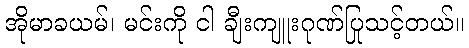
အိုမာခယမ်၊ မင်းကို ငါ ချီးကျူးဂုဏ်ပြုသင့်တယ်။